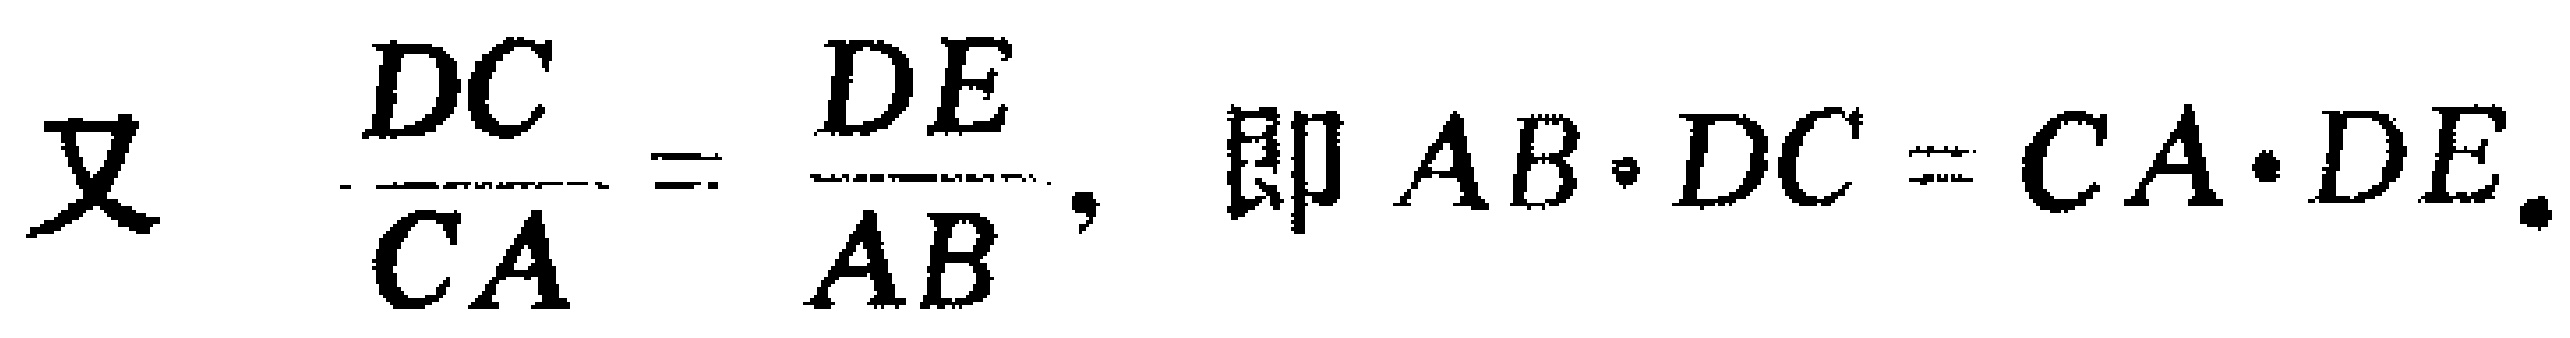
又 $\frac{DC}{CA} = \frac{DE}{AB}$, 即 $AB\cdot DC = CA\cdot DE$.